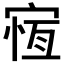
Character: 𡩃